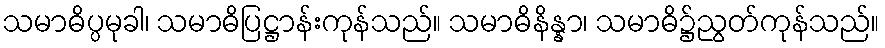
သမာဓိပ္ပမုခါ၊ သမာဓိပြဋ္ဌာန်းကုန်သည်။ သမာဓိနိန္နာ၊ သမာဓိ၌ညွတ်ကုန်သည်။